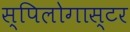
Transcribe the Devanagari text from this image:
स्पिलोगास्टर